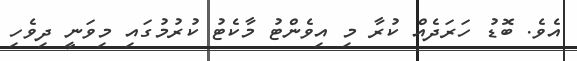
އެވެ. ބޮޑު ހަރަދެއް ކުރާ މި އިވެންޓު މާކެޓު ކުރުމުގައި މިވަނީ ދިވެހި